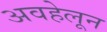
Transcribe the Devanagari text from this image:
अवहेलून